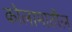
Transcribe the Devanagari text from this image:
कोलामातील